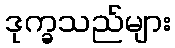
ဒုက္ခသည်များ